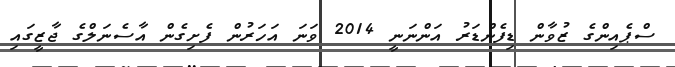
ސްޕެއިންގެ ޒުވާން ޑިފެންޑަރު އަންނަނީ 2014 ވަނަ އަހަރުން ފެށިގެން އާސެނަލްގެ ޖާޒީގައި